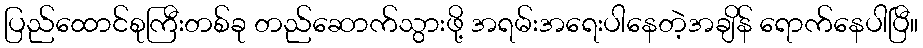
ပြည်ထောင်စုကြီးတစ်ခု တည်ဆောက်သွားဖို့ အရမ်းအရေးပါနေတဲ့အချိန် ရောက်နေပါပြီ။